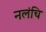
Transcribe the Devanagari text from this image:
नलंचि